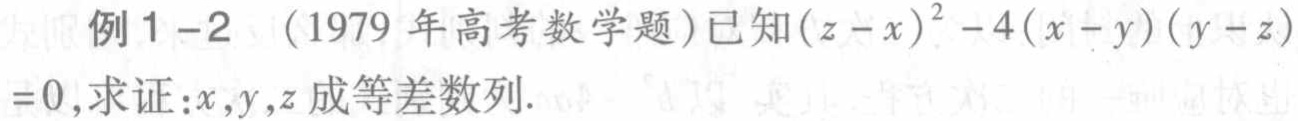
例 1 - 2 （1979 年高考数学题）已知\((z - x)^2 - 4(x - y)(y - z)=0\)，求证：\(x,y,z\)成等差数列.